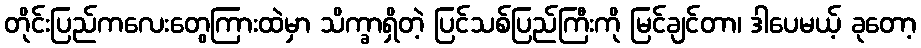
တိုင်းပြည်ကလေးတွေကြားထဲမှာ သိက္ခာရှိတဲ့ ပြင်သစ်ပြည်ကြီးကို မြင်ချင်တာ၊ ဒါပေမယ့် ခုတော့